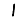
Digit: 1